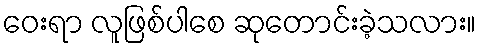
ဝေးရာ လူဖြစ်ပါစေ ဆုတောင်းခဲ့သလား။